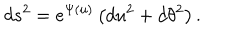
d s ^ { 2 } = e ^ { \Psi ( u ) } \left( d u ^ { 2 } + d \theta ^ { 2 } \right) .